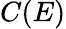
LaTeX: C(E)